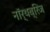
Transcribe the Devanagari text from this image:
नॉर्थब्रिज